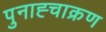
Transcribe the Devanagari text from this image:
पुनाह्चाक्रण